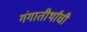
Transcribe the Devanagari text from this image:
गंगातीर्थांची